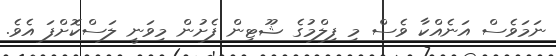
ނަމަވެސް އަނެއްކާ ވެސް މި ފިލްމުގެ ޝޫޓިން ފެށުން މިވަނީ ލަސްކޮށްފަ އެވެ.